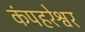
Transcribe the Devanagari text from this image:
कंपहरेश्वर